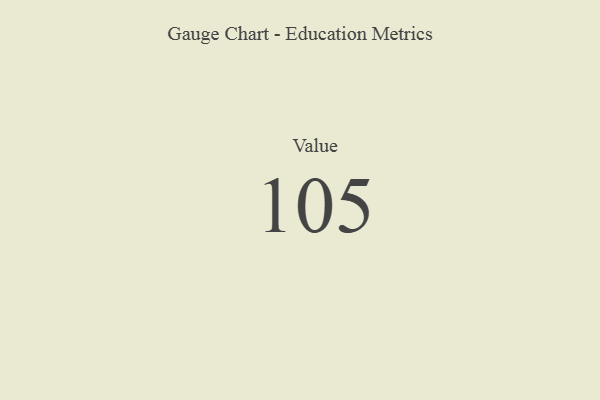
{"axis": {"x": "Metric", "y": "Value"}, "legend": [""], "data": [{"x": "Value", "y": 105, "type": ""}]}